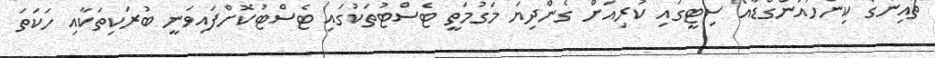
ޗައިނާގެ ކިންހުއަންގްޑާއޯ ސިޓީގައި ކުރިއަށް ގެންދިޔަ މަގުމަތީ ޓެސްޓުތަކުގައި ޓެސްޓުކޮށްފައިވަނީ ބުރަކިތަކާއި ހަކަަތަ